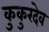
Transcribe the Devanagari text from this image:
कुकुरदेव